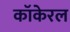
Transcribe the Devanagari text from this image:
कॉकेरल